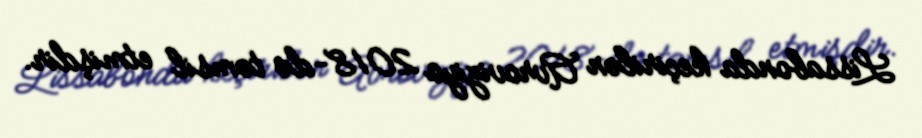
Lissabonda keçirilən Avroviziya 2018-də təmsil etmişdir.